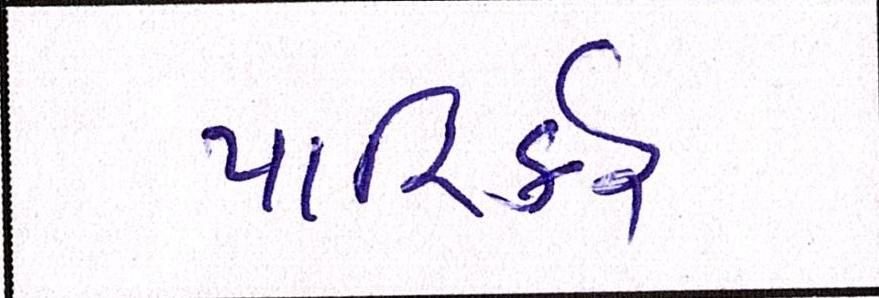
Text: પારિર્કર